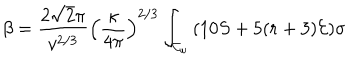
\beta = \frac { 2 \sqrt { 2 } \pi } { v ^ { 2 / 3 } } \left( \frac { \kappa } { 4 \pi } \right) ^ { 2 / 3 } \int _ { { \cal { C } } _ { \omega } } { ( 1 0 S + 5 ( r + 3 ) { \cal { E } } ) \sigma }